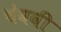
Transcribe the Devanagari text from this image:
चेववी